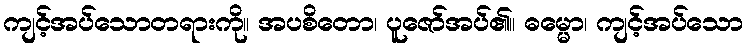
ကျင့်အပ်သောတရားကို။ အပစိတော၊ ပူဇော်အပ်၏။ ဓမ္မော၊ ကျင့်အပ်သော